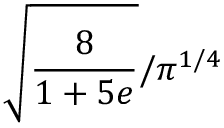
\sqrt { \frac { 8 } { 1 + 5 e } } / \pi ^ { 1 / 4 }